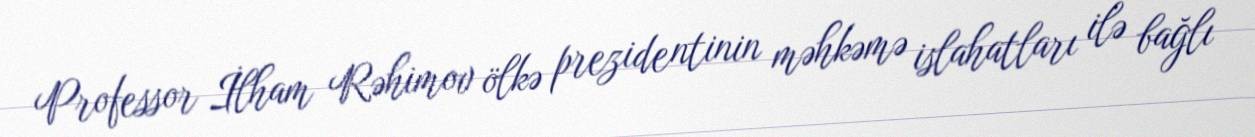
Professor İlham Rəhimov ölkə prezidentinin məhkəmə islahatları ilə bağlı